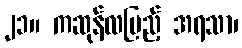
၂၁။ ကဆုန်လပြည့် အရသာ၊